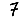
Digit: 7